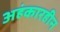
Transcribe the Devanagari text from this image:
अहंकारहीन